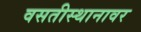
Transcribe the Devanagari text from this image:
वसतीस्थानावर